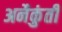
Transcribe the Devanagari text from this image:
अनैकुंती